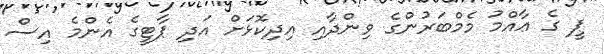
ޕީ ގެ ޢާއްމު މެމްބަރުންގެ ވިންދާއި އިދިކޮޅަށް އަދި ޕާޓީގެ އެންމެ އިސް